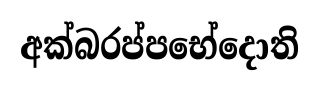
අක්බරප්පභේදොති